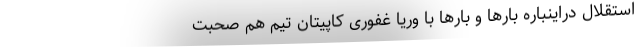
استقلال دراینباره بارها و بارها با وریا غفوری کاپیتان تیم هم صحبت